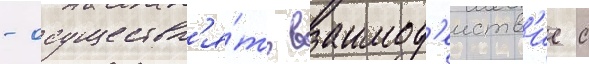
- осуществл'я́ть взаимод'еиств'ие с